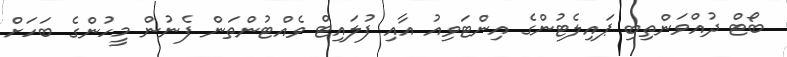
ބޯޓް ދުއްވަންތިބި ޕައިލެޓުންގެ އިންޓަވިއު އާއި ފުލައިޓް ވެއްޓުންތަން ފެނުން މީހުންގެ ބަހަށް